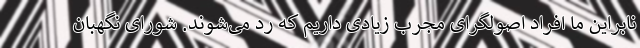
نابراین ما افراد اصولگرای مجرب زیادی داریم که رد می‌شوند. شورای نگهبان